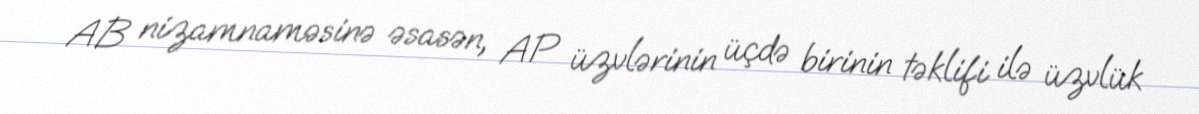
AB nizamnaməsinə əsasən, AP üzvlərinin üçdə birinin təklifi ilə üzvlük